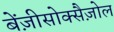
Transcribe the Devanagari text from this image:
बेंज़ीसोक्सैज़ोल